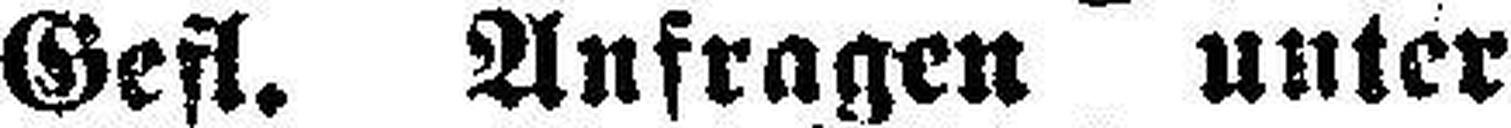
Gefl. Anfragen unter